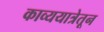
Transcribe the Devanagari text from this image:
काव्ययात्रेतून